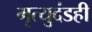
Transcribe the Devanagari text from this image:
मृत्युदंडही